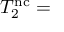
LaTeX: T _ { 2 } ^ { \mathrm { n c } } =